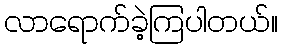
လာရောက်ခဲ့ကြပါတယ်။